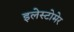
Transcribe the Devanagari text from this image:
इलेस्टोमेर